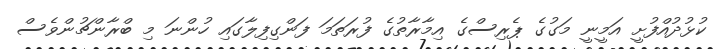
ކުޅުދުއްފުށީ އަމީނީ މަގުގެ ޕެރިސްގެ އިމާރާތުގެ ފުރަތަމަ ފަންގިފިލާގައި ހުންނަ މި ބްރާންޗުންވެސް